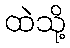
ထဲသို့